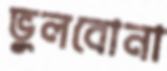
ভুলবোনা